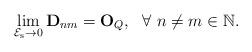
LaTeX: \begin{align*}\lim_{\mathcal{E}_{\mathrm{s}}\rightarrow 0}\mathbf{D}_{nm}=\mathbf{O}_{Q},\ \ \forall\ n\neq m\in\mathbb{N}.\end{align*}